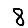
Digit: 8